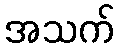
အသက်